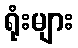
ရုံးများ